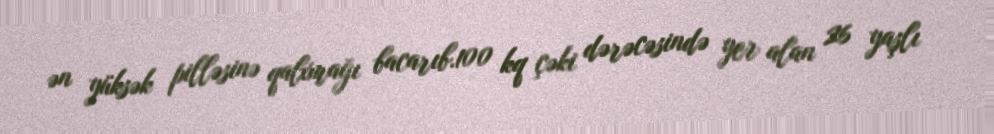
ən yüksək pilləsinə qalxmağı bacarıb.100 kq çəki dərəcəsində yer alan 26 yaşlı